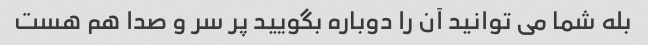
بله شما می توانید آن را دوباره بگویید پر سر و صدا هم هست